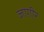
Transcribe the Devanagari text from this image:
जाग़ीर